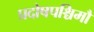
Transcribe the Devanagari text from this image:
प्रदोषपश्चिमौ